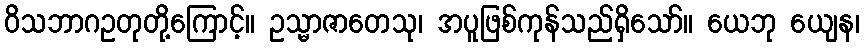
ဝိသဘာဂဥတုတို့ကြောင့်။ ဥသ္မာဇာတေသု၊ အပူဖြစ်ကုန်သည်ရှိသော်။ ယေဘု ယျေန၊